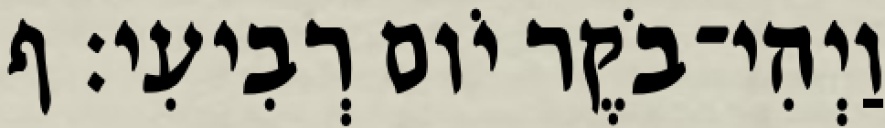
וַיְהִי־בֹקֶר יֹום רְבִיעִי׃ ף